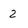
Character: 2